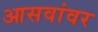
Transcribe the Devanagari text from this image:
आसवांवर